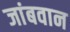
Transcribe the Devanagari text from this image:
जांबवान